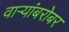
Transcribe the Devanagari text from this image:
वाऱ्यांबरोबर